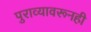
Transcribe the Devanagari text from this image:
पुराव्यावरूनही